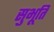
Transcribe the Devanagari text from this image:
सुभूति